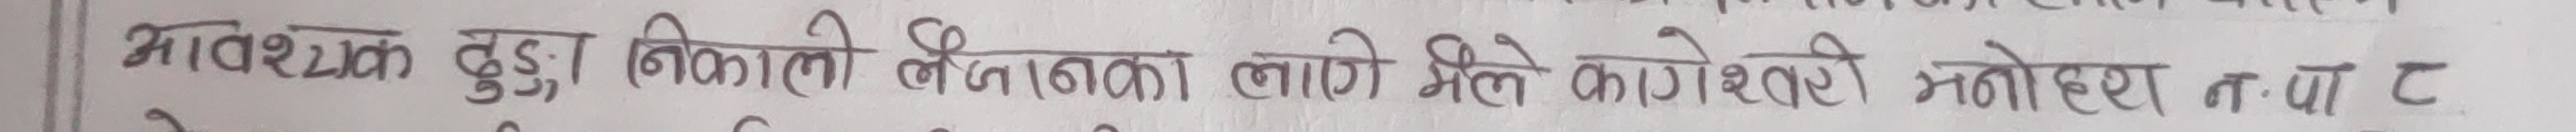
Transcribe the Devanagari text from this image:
आवश्यक दुडा निकाली लैजानका लागि मिले कागेश्वरी मनोहर न.पा.ट